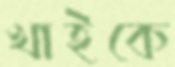
খাইকে